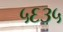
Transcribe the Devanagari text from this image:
५६३५